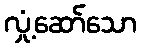
လှုံ့ဆော်သော